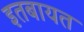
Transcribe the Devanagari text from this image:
इतबायत